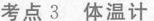
考点3 体温计